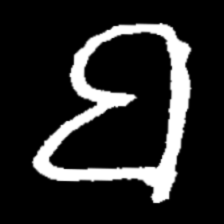
Pyu character \u2014 Myanmar letter: ဗ (romanized: ba)